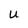
Character: U